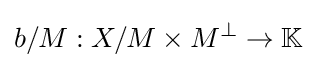
b/M:X/M\times M^{\perp }\to \mathbb {K}